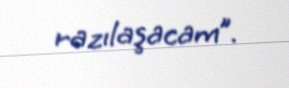
razılaşacam”.